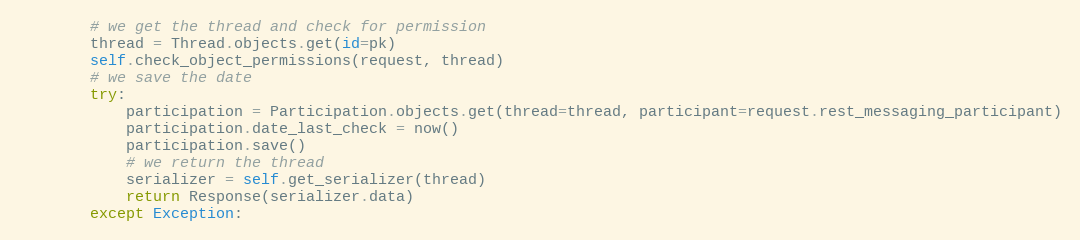
Language: Python
        # we get the thread and check for permission
        thread = Thread.objects.get(id=pk)
        self.check_object_permissions(request, thread)
        # we save the date
        try:
            participation = Participation.objects.get(thread=thread, participant=request.rest_messaging_participant)
            participation.date_last_check = now()
            participation.save()
            # we return the thread
            serializer = self.get_serializer(thread)
            return Response(serializer.data)
        except Exception: